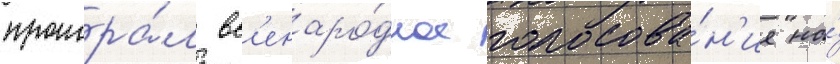
проигра́л вс'енаро́дное голосова́н'ие на́